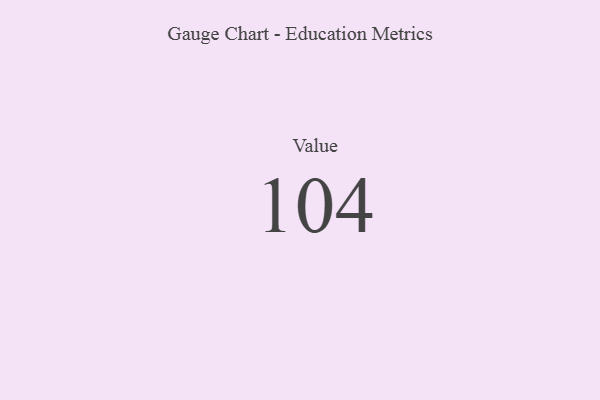
{"axis": {"x": "Metric", "y": "Value"}, "legend": [""], "data": [{"x": "Value", "y": 104, "type": ""}]}